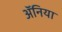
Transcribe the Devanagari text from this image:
ॲनिया